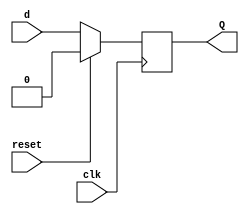
// This program was cloned from: https://github.com/Suni123456789/100DaysRTL
// License: Apache License 2.0

`timescale 1ns / 1ps

module D_flipflop(
    input d, clk, reset,
    output reg Q
    );
    
    always@(posedge clk)
          begin
            if(reset)
            Q<= 1'b0;
            else 
            Q <= d;
            end

endmodule

module pipo(
    input clk, reset, 
    input [2:0] parallel_in,
    output [2:0] parallel_out
    );

    D_flipflop D2(parallel_in[2], clk, reset, parallel_out[2]);
    D_flipflop D1(parallel_in[1], clk, reset, parallel_out[1]);
    D_flipflop D0(parallel_in[0], clk, reset, parallel_out[0]);
    
endmodule